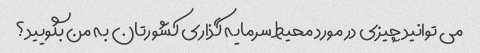
می توانید چیزی در مورد محیط سرمایه گذاری کشورتان به من بگویید؟